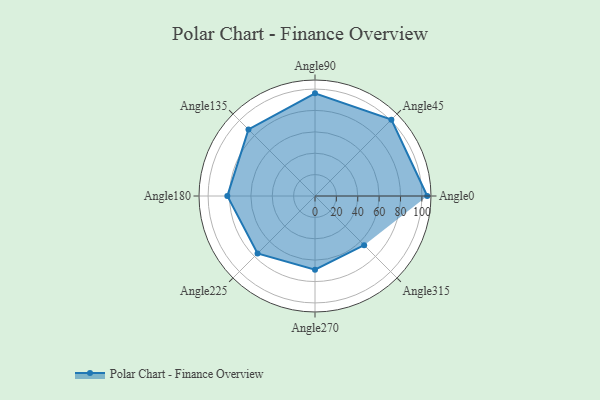
{"axis": {"x": "Angle", "y": "Radius"}, "legend": [""], "data": [{"x": "Angle0", "y": 105.0, "type": ""}, {"x": "Angle45", "y": 101.0, "type": ""}, {"x": "Angle90", "y": 96.0, "type": ""}, {"x": "Angle135", "y": 88.0, "type": ""}, {"x": "Angle180", "y": 82.0, "type": ""}, {"x": "Angle225", "y": 76.0, "type": ""}, {"x": "Angle270", "y": 69.0, "type": ""}, {"x": "Angle315", "y": 65.0, "type": ""}]}